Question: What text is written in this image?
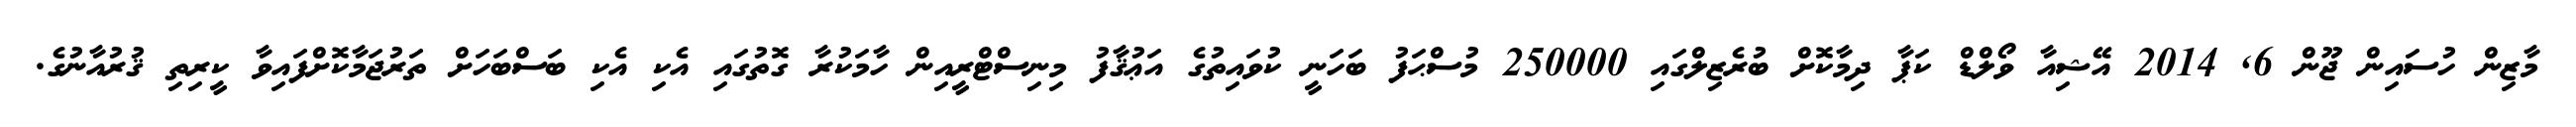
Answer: މާޒިން ހުސައިން ޖޫން 6, 2014 އޭޝިއާ ވޯލްޑް ކަޕާ ދިމާކޮށް ބުރެޒިލްގައި 250000 މުސްޙަފު ބަހަނީ ކުވައިތުގެ އަޢުޤާފު މިނިސްޓްރީއިން ހާމަކުރާ ގޮތުގައި އެކި އެކި ބަސްބަހަށް ތަރުޖަމާކޮށްފައިވާ ކީރިތި ޤުރުއާނުގެ.